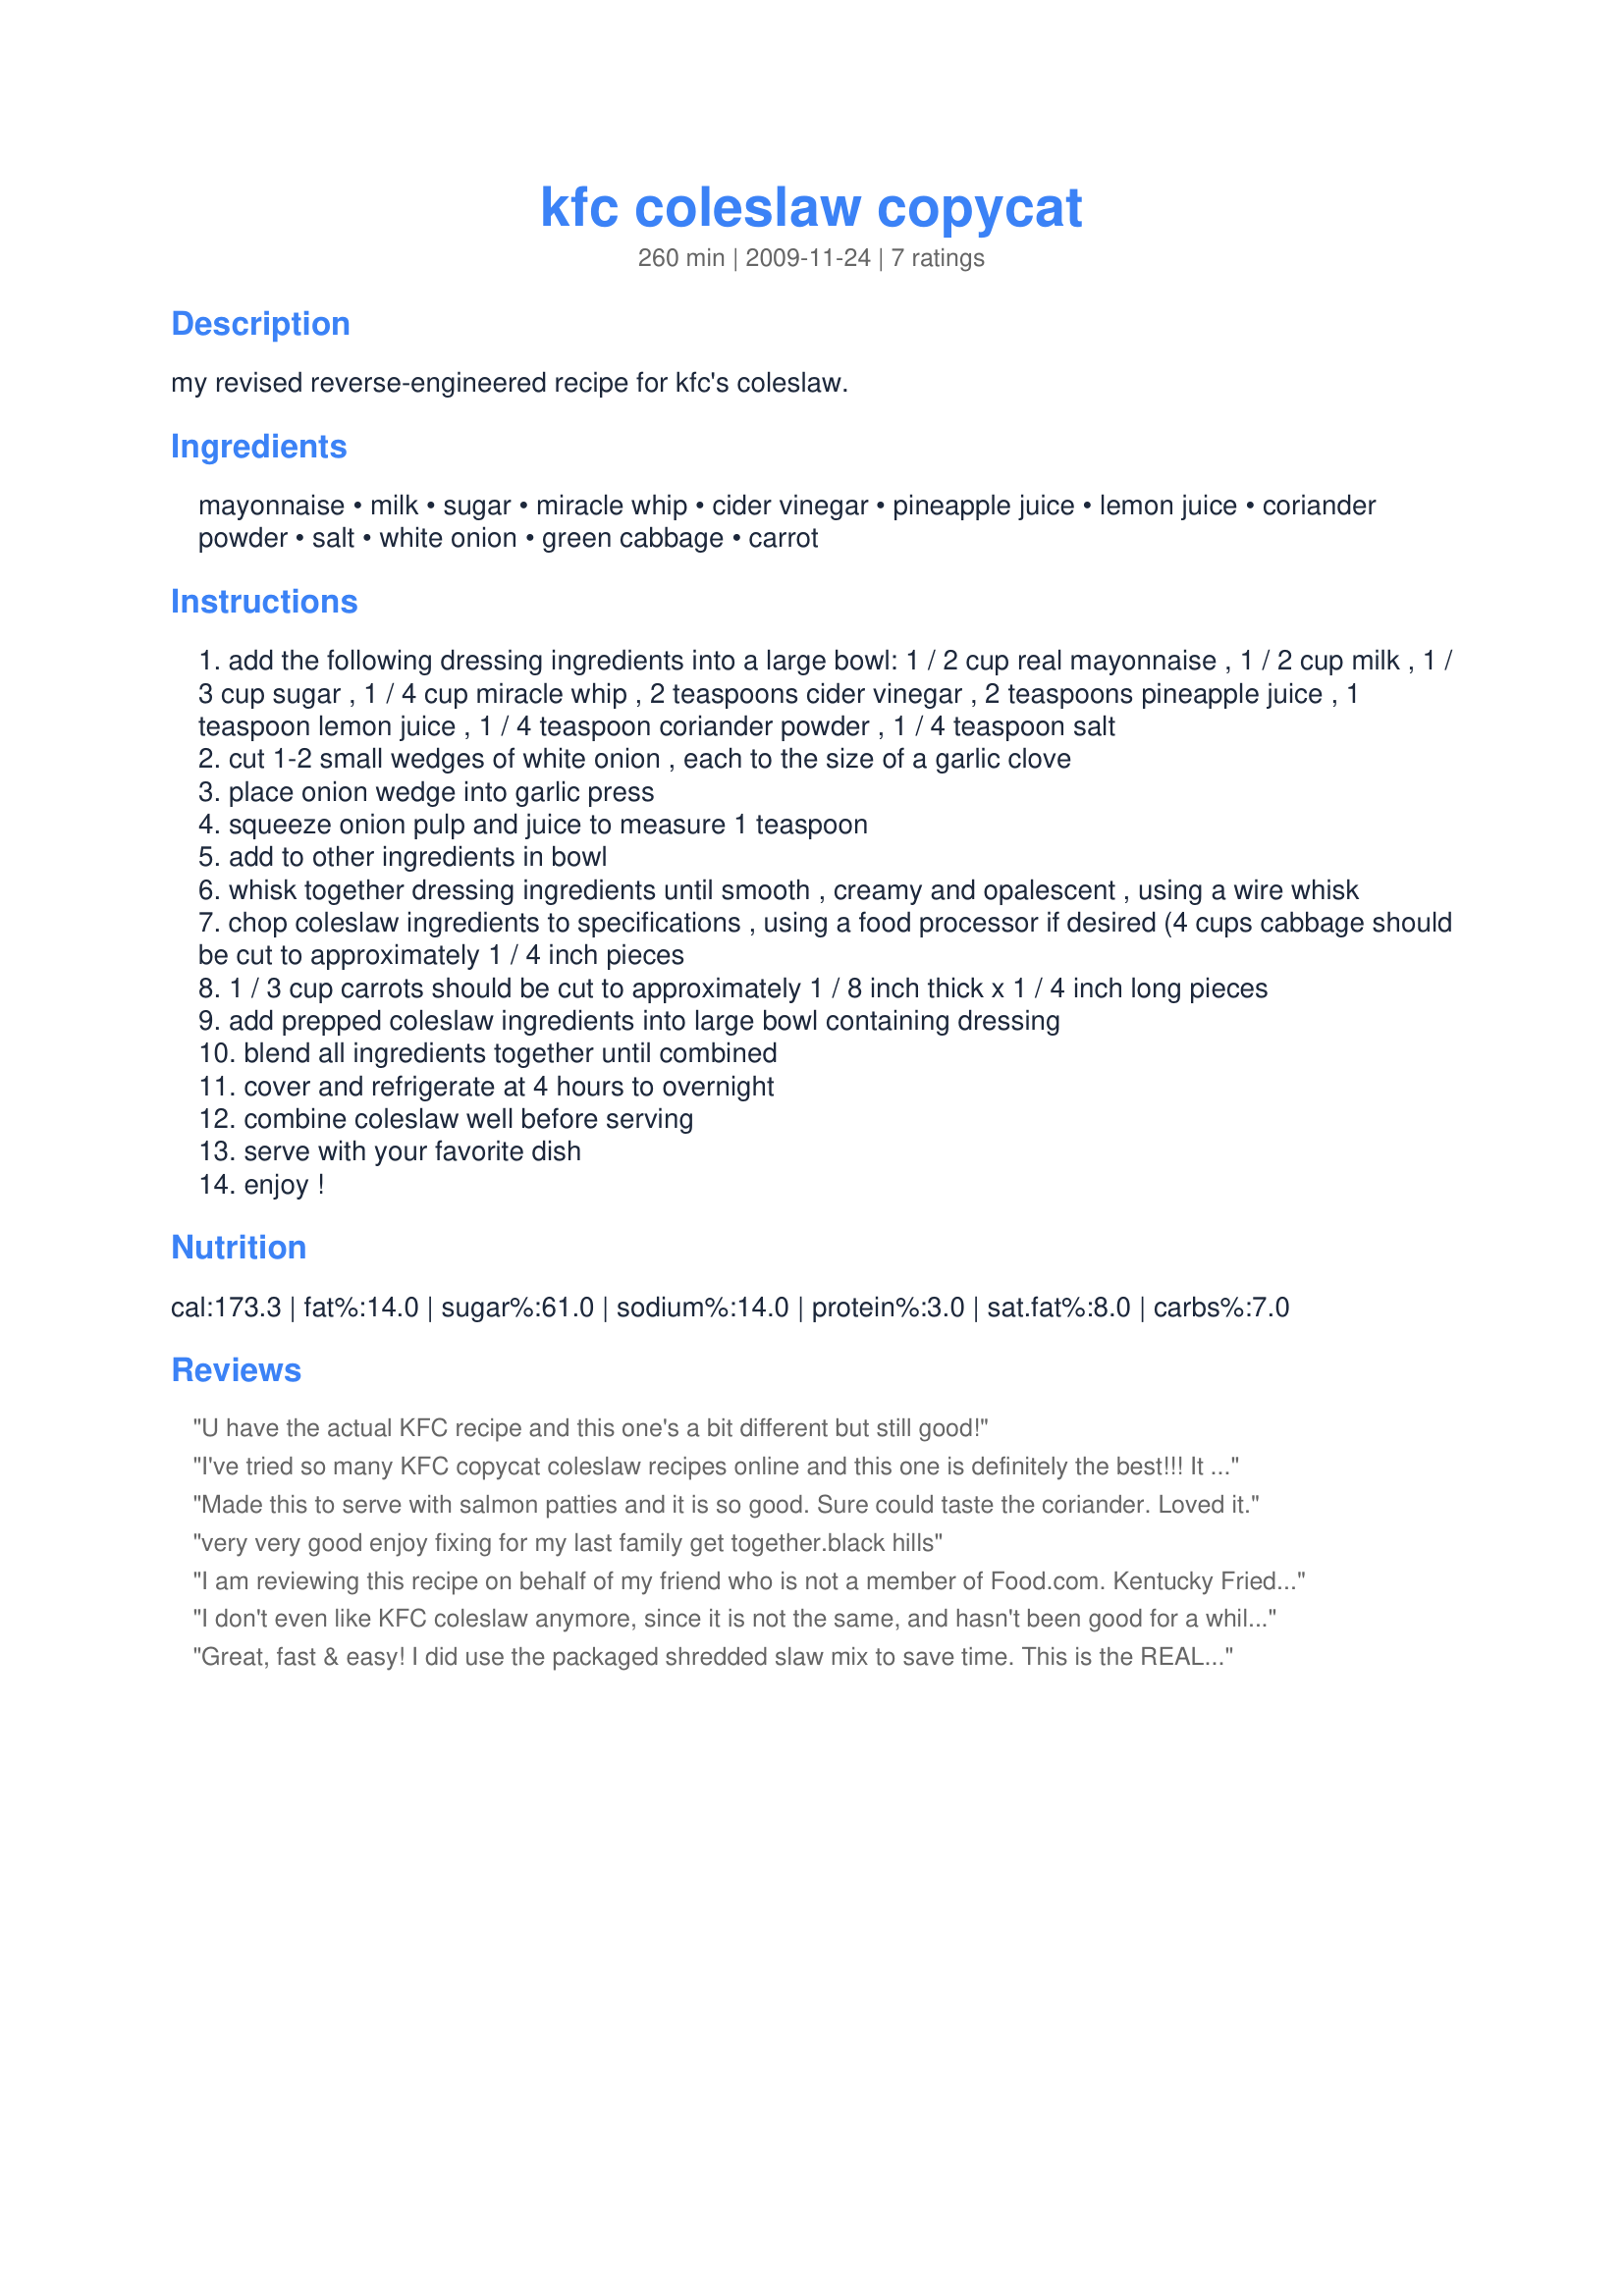
kfc coleslaw copycat
Preparation time: 260 minutes

my revised reverse-engineered recipe for kfc's coleslaw.

Ingredients:
mayonnaise, milk, sugar, miracle whip, cider vinegar, pineapple juice, lemon juice, coriander powder, salt, white onion, green cabbage, carrot

Steps:
add the following dressing ingredients into a large bowl: 1 / 2 cup real mayonnaise , 1 / 2 cup milk , 1 / 3 cup sugar , 1 / 4 cup miracle whip , 2 teaspoons cider vinegar , 2 teaspoons pineapple juice , 1 teaspoon lemon juice , 1 / 4 teaspoon coriander powder , 1 / 4 teaspoon salt
cut 1-2 small wedges of white onion , each to the size of a garlic clove
place onion wedge into garlic press
squeeze onion pulp and juice to measure 1 teaspoon
add to other ingredients in bowl
whisk together dressing ingredients until smooth , creamy and opalescent , using a wire whisk
chop coleslaw ingredients to specifications , using a food processor if desired (4 cups cabbage should be cut to approximately 1 / 4 inch pieces
1 / 3 cup carrots should be cut to approximately 1 / 8 inch thick x 1 / 4 inch long pieces
add prepped coleslaw ingredients into large bowl containing dressing
blend all ingredients together until combined
cover and refrigerate at 4 hours to overnight
combine coleslaw well before serving
serve with your favorite dish
enjoy !

Reviews:
U have the actual KFC recipe and this one's a bit different but still good!
I've tried so many KFC copycat coleslaw recipes online and this one is definitely the best!!! It tastes exactly like it!!!
Made this to serve with salmon patties and it is so good. Sure could taste the coriander. Loved it.
very very good enjoy fixing for my last family get together.black hills
I am reviewing this recipe on behalf of my friend who is not a member of Food.com. Kentucky Fried Chicken&#039;s coleslaw is the ONLY coleslaw that she and her husband will eat. Upon finding this out, I emailed a link of your KFC Coleslaw (Copycat) recipe to her. She was thrilled to have the recipe for her favorite coleslaw, made it for the Fourth of July, and absolutely loved its delicious flavor. I would make this recipe, but my mom is partial to her mom&#039;s (my grandma&#039;s) recipe for Dolly Parton Coleslaw. Thank you, Spice Guru, for making my friend&#039;s Independence Day a little brighter!
I don't even like KFC coleslaw anymore, since it is not the same, and hasn't been good for a while now. Me and my dear hubby loved this! Mr. DH gives this his seal of approval, he's a tough cookie to please. i love the flavors of the coriander and the pineapple juice.
Great, fast & easy! I did use the packaged shredded slaw mix to save time. This is the REAL THING!
